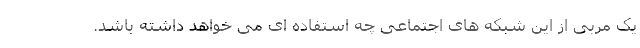
یک مربی از این شبکه های اجتماعی چه استفاده ای می خواهد داشته باشد.